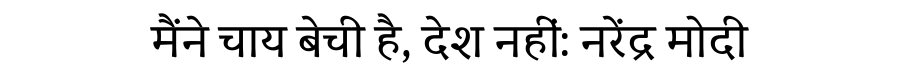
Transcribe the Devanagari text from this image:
मैंने चाय बेची है, देश नहीं: नरेंद्र मोदी